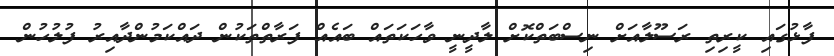
ފާޅުގައި ކީރިތި ރަސޫލާއަށް ނިސްބަތްކޮށް ލާދީނީ ވާހަކަތައް ބައެއް ފަރާތްތަކުން ދައްކަމުންދާއިރު ފުލުހުން